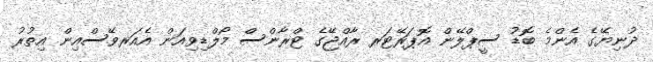
ދުނިޔޭގެ އެންމެ ބޮޑު ސީޕްލޭން އޮޕަރޭޓަރ ރާއްޖޭގެ ޓްރާންސް މޯލްޑިވިއަން އެއަރވޭސްއިން އިތުރު